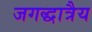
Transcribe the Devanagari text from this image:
जगद्धात्रैय